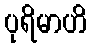
ပုရိမာဟိ